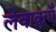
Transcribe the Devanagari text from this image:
लेवाकुएँ